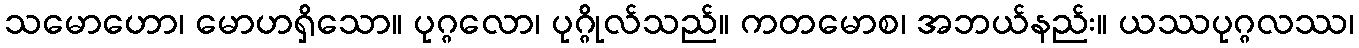
သမောဟော၊ မောဟရှိသော။ ပုဂ္ဂလော၊ ပုဂ္ဂိုလ်သည်။ ကတမောစ၊ အဘယ်နည်း။ ယဿပုဂ္ဂလဿ၊